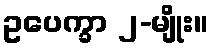
ဥပေက္ခာ ၂-မျိုး။